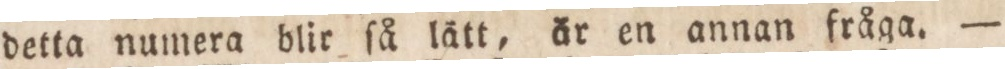
detta numera blir ſå lätt, är en annan fråga. —